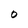
Character: O